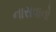
નાસવાનો